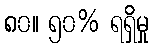
၈၀။ ၅၀% ရရှိမှု